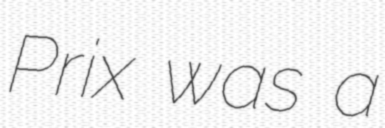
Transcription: Prix was a